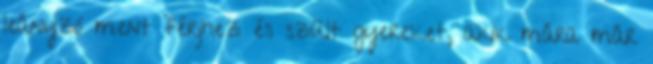
leányzó ment férjhez és szült gyereket, akik mára már